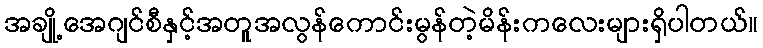
အချို့အေဂျင်စီနှင့်အတူအလွန်ကောင်းမွန်တဲ့မိန်းကလေးများရှိပါတယ်။